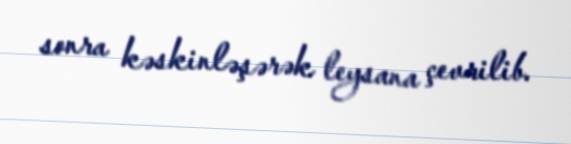
sonra kəskinləşərək leysana çevrilib.